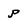
Character: p